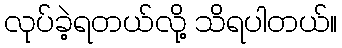
လုပ်ခဲ့ရတယ်လို့ သိရပါတယ်။